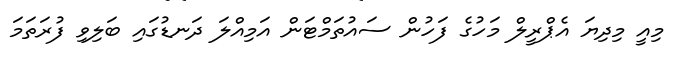
މިއީ މިދިޔަ އެޕްރީލް މަހުގެ ފަހުން ސައުތަމްޓަން އަމިއްލަ ދަނޑުގައި ބަލިވި ފުރަތަމަ